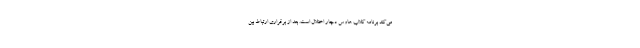
می‌کند برنامه کلاب هاوس دچار اختلال است. بعد از برقراری ارتباط بین